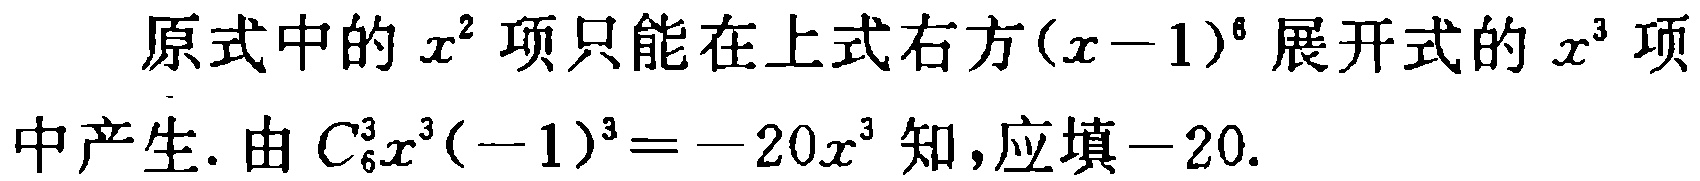
原式中的\(x^{2}\)项只能在上式右方\((x - 1)^{6}\)展开式的\(x^{3}\)项中产生. 由\(C_{6}^{3}x^{3}(-1)^{3} = - 20x^{3}\)知,应填\(-20\).